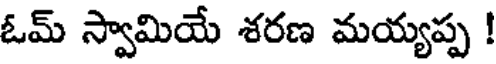
ఓమ్ స్వామియే శరణ మయ్యప్ప !